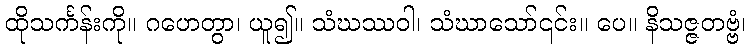
ထိုသင်္ကန်းကို။ ဂဟေတွာ၊ ယူ၍။ သံဃဿဝါ၊ သံဃာသော်၎င်း။ ပေ။ နိသဇ္ဇတဗ္ဗံ၊